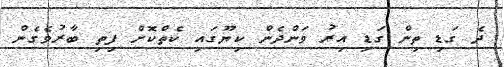
ދެ ގަޑި ތިން ގަޑި އިރު ވަންދެން ކިޔޫގައި ކެތްކޮށް ފިތި ބާރުވެގެން